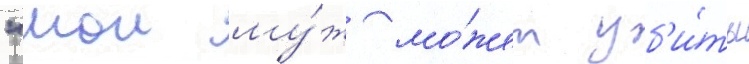
"мои му́ж мо́жет уб'и́ть